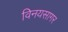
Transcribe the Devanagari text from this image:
विनयसागर